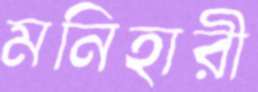
মনিহারী